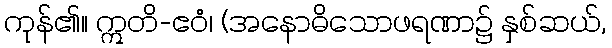
ကုန်၏။ ဣတိ-ဧဝံ၊ (အနောဓိသောဖရဏာ၌ နှစ်ဆယ်,